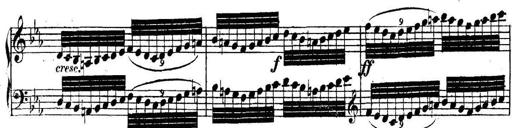
Title: Collected Piano Sonatas
Composer: Muzio Clementi